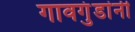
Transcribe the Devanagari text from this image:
गावगुंडांनी